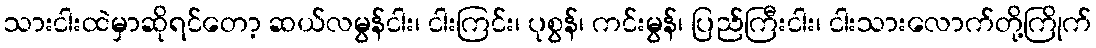
သားငါးထဲမှာဆိုရင်တော့ ဆယ်လမွန်ငါး၊ ငါးကြင်း၊ ပုစွန်၊ ကင်းမွန်၊ ပြည်ကြီးငါး၊ ငါးသားလောက်တို့ကြိုက်